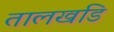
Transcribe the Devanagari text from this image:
तालखडि